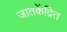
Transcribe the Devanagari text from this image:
जातकेंद्रित